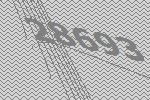
28693